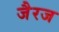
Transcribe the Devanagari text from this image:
जैरज